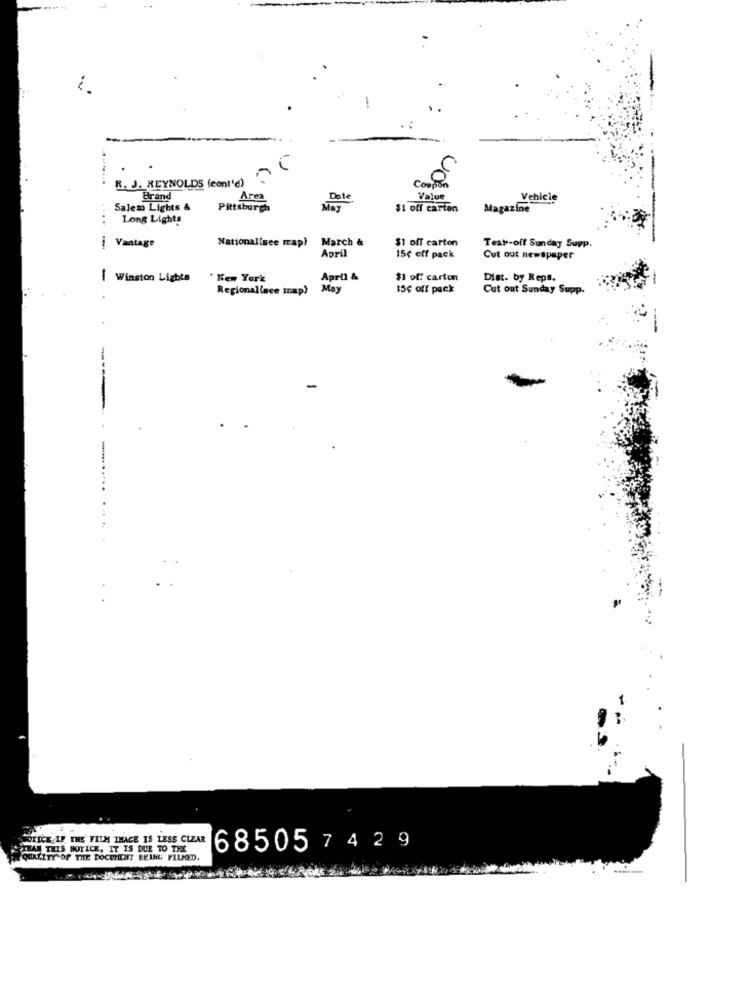
00
R. J. REYNOLDS (cont'd)
Coupon
Brand
Area
Date
Value
Vehicle
..
Salem Lights &
Pittsburgh
May
$1 off carton
Magazine
Long Lights
National[see map)
March &
Vantage
April
$1 off carton
Test-off Sunday Supp.
15¢ off pack
Cut out newspaper
I Winston Lights
. New York
April &
$1 of: carton
Dist. by Reps.
Regionallace map)
May
15¢ off pack
Cut out Sunday Supp.
NOTICE IF THE' FILM THACE IS LESS CLEAR
THAN THIS NOTICE, IT IS DUE TO THE
685057 429
QUALITY OF THE DOCUMENT BEING FILMED.